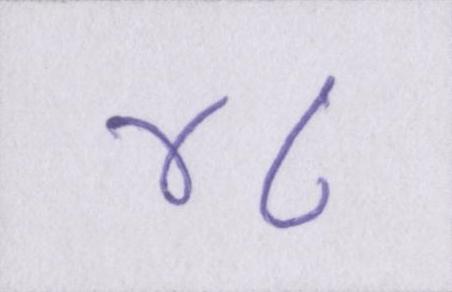
४८